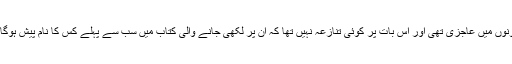
صحافی و مصنف جان گریس کے مطابق دونوں میں عاجزی تھی اور اس بات پر کوئی تنازعہ نہیں تھا کہ ان پر لکھی جانے والی کتاب میں سب سے پہلے کس کا نام پیش ہوگا یا کس کو سب سے زیادہ معاوضہ ملے گا۔